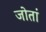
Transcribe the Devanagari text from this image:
जोतां